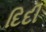
દિદી